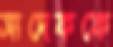
সাদেককে